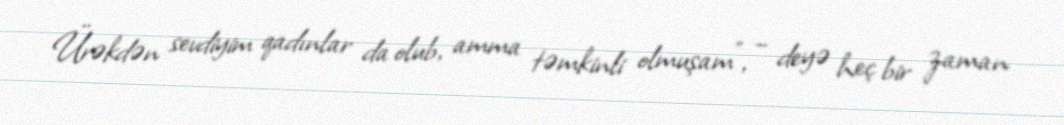
Ürəkdən sevdiyim qadınlar da olub, amma təmkinli olmuşam", – deyə heç bir zaman